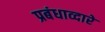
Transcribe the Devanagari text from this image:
प्रबंधाव्दारे